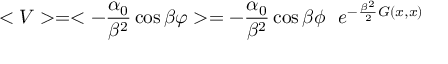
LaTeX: < V > = < - { \frac { \alpha _ { 0 } } { \beta ^ { 2 } } } \cos \beta \varphi > = - { \frac { \alpha _ { 0 } } { \beta ^ { 2 } } } \cos \beta \phi ~ ~ e ^ { - { \frac { \beta ^ { 2 } } { 2 } } G ( x , x ) }